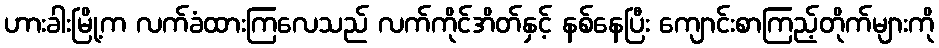
ဟားခါးမြို့က လက်ခံထားကြလေသည် လက်ကိုင်အိတ်နှင့် နစ်နေပြီး ကျောင်းစာကြည့်တိုက်များကို